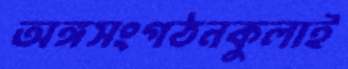
অঙ্গসংগঠনকুলাই